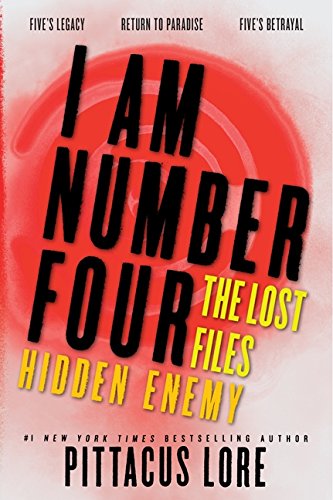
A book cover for I Am Number Four: The Lost Files: Hidden Enemy (Lorien Legacies: The Lost Files); Pittacus Lore; Teen & Young Adult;